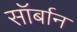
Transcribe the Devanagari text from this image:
सॉर्बान